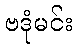
ဗဒုံမင်း